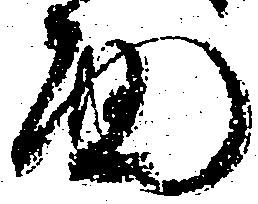
面